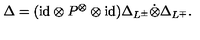
\Delta = ( \mathrm { i d } \otimes P ^ { \otimes } \otimes \mathrm { i d } ) \Delta _ { L ^ { \pm } } \dot { \otimes } \Delta _ { L ^ { \mp } } .